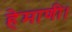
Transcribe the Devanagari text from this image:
हेमाणी।